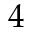
4